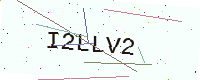
Text: I2LLV2